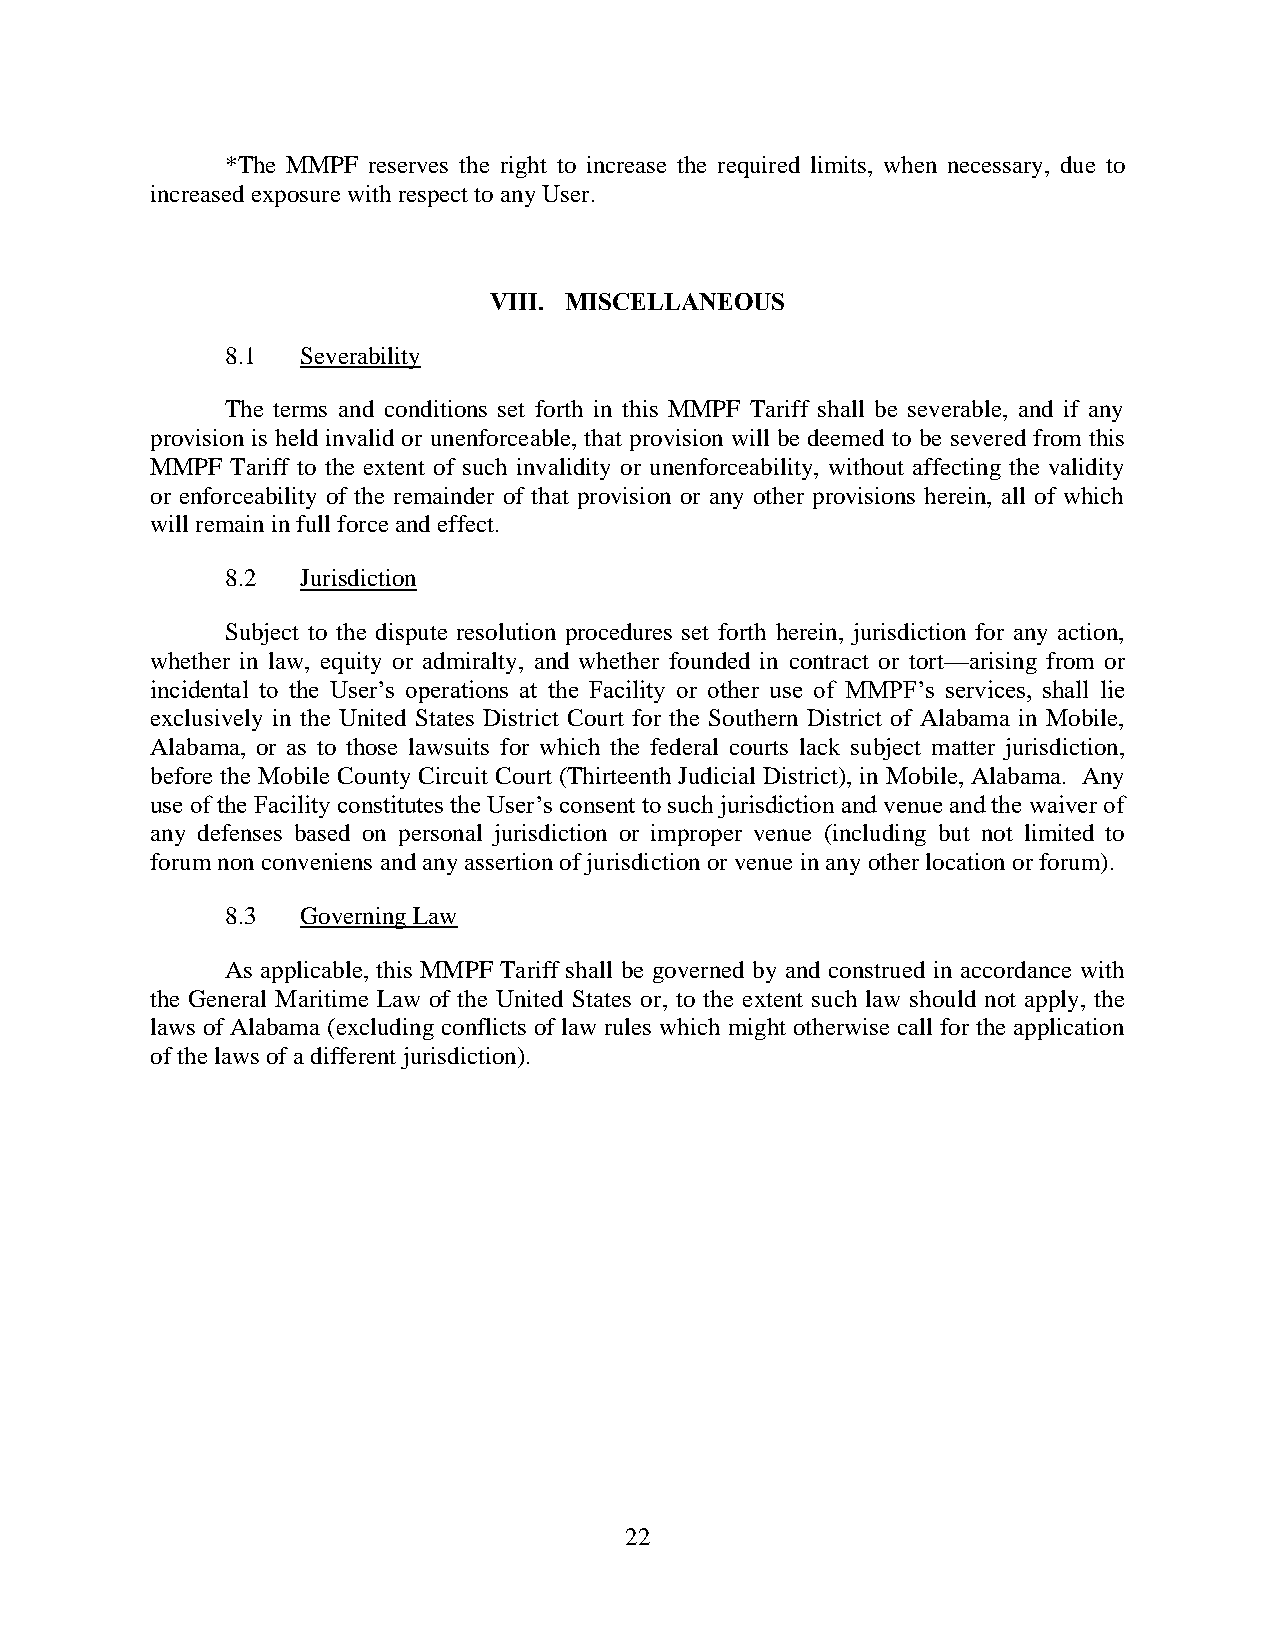
*The MMPF reserves the right to increase the required limits, when necessary, due to
 increased exposure with respect to any User.
 VIII. MISCELLANEOUS
 8.1  Severability
 The terms and conditions set forth in this MMPF Tariff shall be severable, and if any
 provision is held invalid or unenforceable, that provision will be deemed to be severed from this
 MMPF Tariff to the extent of such invalidity or unenforceability, without affecting the validity
 or enforceability of the remainder of that provision or any other provisions herein, all of which
 will remain in full force and effect.
 8.2  Jurisdiction
 Subject to the dispute resolution procedures set forth herein, jurisdiction for any action,
 whether in law, equity or admiralty, and whether founded in contract or tort—arising from or
 incidental to the User’s operations at the Facility or other use of MMPF’s services, shall lie
 exclusively in the United States District Court for the Southern District of Alabama in Mobile,
 Alabama, or as to those lawsuits for which the federal courts lack subject matter jurisdiction,
 before the Mobile County Circuit Court (Thirteenth Judicial District), in Mobile, Alabama. Any
 use of the Facility constitutes the User’s consent to such jurisdiction and venue and the waiver of
 any defenses based on personal jurisdiction or improper venue (including but not limited to
 forum non conveniens and any assertion of jurisdiction or venue in any other location or forum).
 8.3  Governing Law
 As applicable, this MMPF Tariff shall be governed by and construed in accordance with
 the General Maritime Law of the United States or, to the extent such law should not apply, the
 laws of Alabama (excluding conflicts of law rules which might otherwise call for the application
 of the laws of a different jurisdiction).
 22